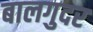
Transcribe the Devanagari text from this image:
बालगुदर